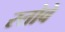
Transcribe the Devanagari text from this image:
स्तोवे